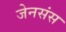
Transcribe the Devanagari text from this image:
जेनसंस